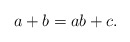
\begin{align*} a+b=ab+c. \end{align*}